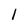
Character: 1